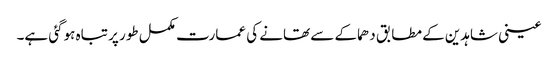
عینی شاہدین کے مطابق دھماکے سے تھانے کی عمارت مکمل طور پر تباہ ہوگئی ہے۔